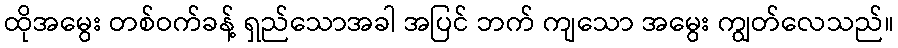
ထိုအမွေး တစ်ဝက်ခန့် ရှည်သောအခါ အပြင် ဘက် ကျသော အမွေး ကျွတ်လေသည်။